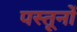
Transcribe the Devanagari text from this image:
पस्तूनों